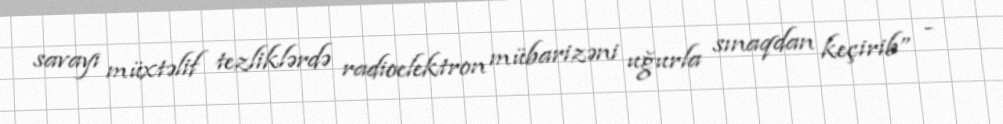
savayı müxtəlif tezliklərdə radioelektron mübarizəni uğurla sınaqdan keçirib” -